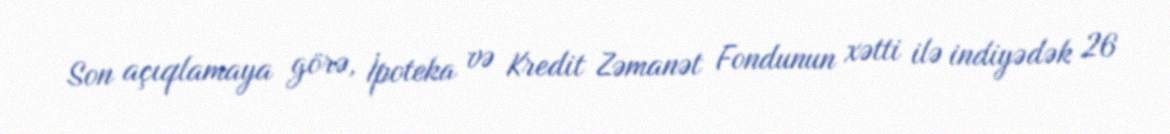
Son açıqlamaya görə, İpoteka və Kredit Zəmanət Fondunun xətti ilə indiyədək 26